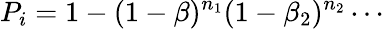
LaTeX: P_{i}=1-(1-\beta)^{n_{1}}(1-\beta_{2})^{n_{2}}\cdots